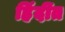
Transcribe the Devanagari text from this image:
हिंदींत